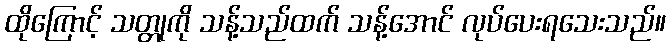
ထိုကြောင့် သတ္တုကို သန့်သည်ထက် သန့်အောင် လုပ်ပေးရသေးသည်။